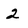
Character: 2